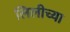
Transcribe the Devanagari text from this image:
लिलीच्या